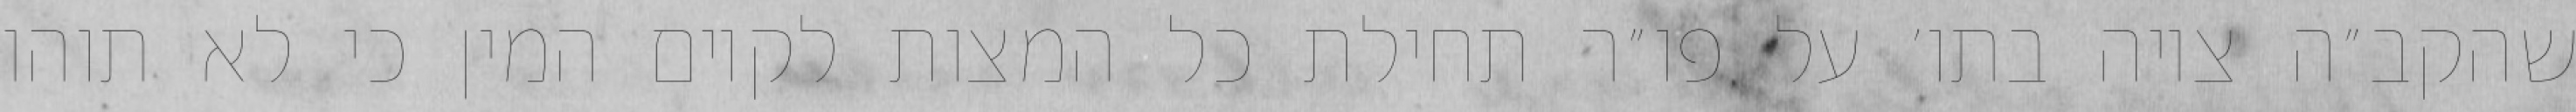
שהקב״ה ציוה בתו׳ על פו״ר תחילת כל המצות לקיום המין כי לא תוהו